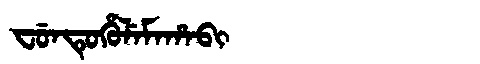
Manchu: ᠸᡠᠨᡨᡠᡥᡠᠯᡝᠮᠠᡥᠠᠪᡳ
Romanization: FUNTUHULEMAHABI